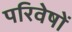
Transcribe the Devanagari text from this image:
परिवेषों